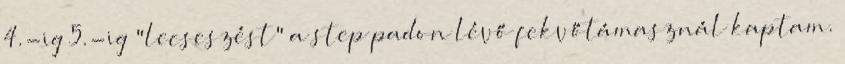
4.-ig 5.-ig "lecseszést" a step padon lévő fekvőtámasznál kaptam.